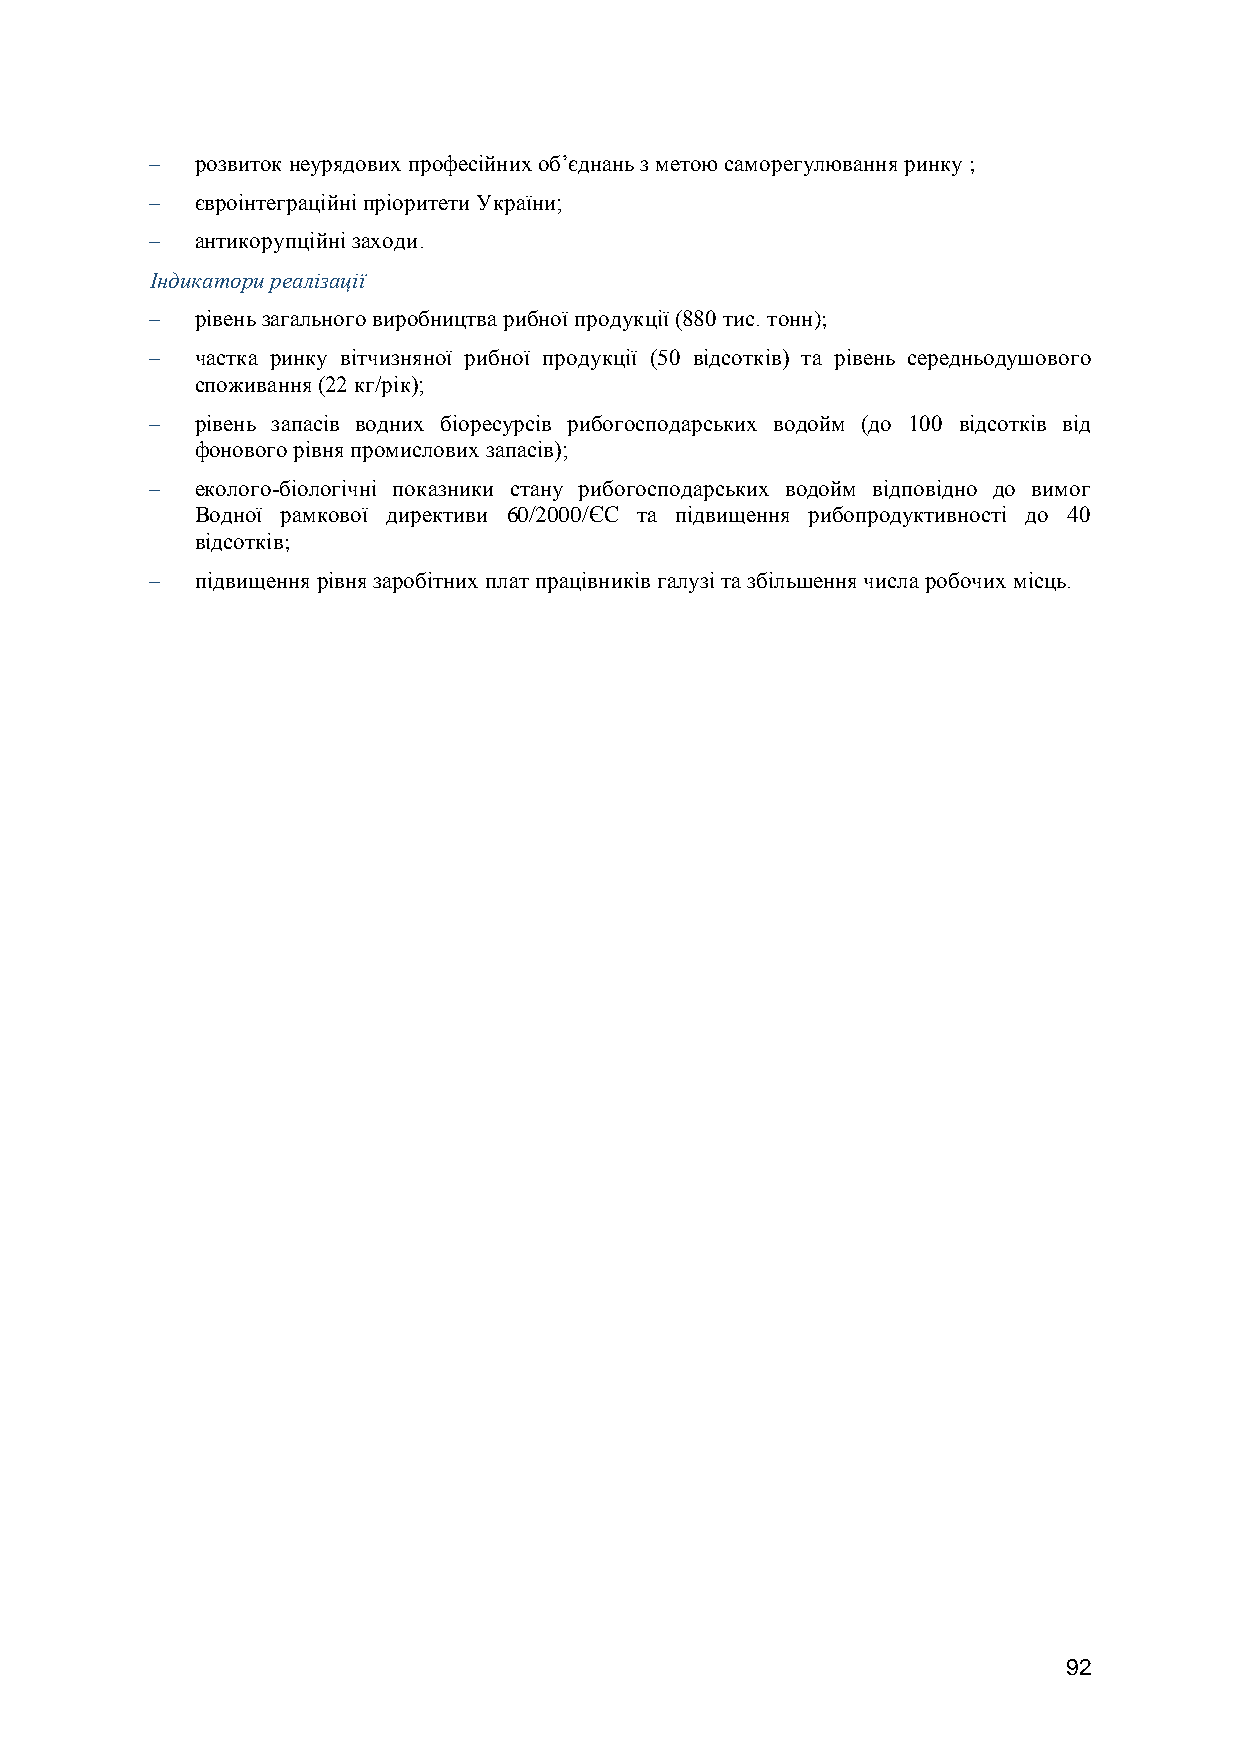
  розвиток неурядових професійних об’єднань з метою саморегулювання ринку ;
   євроінтеграційні пріоритети України;
   антикорупційні заходи.
 Індикатори реалізації
   рівень загального виробництва рибної продукції (880 тис. тонн);
   частка ринку вітчизняної рибної продукції (50 відсотків) та рівень середньодушового
 споживання (22 кг/рік);
   рівень запасів водних біоресурсів рибогосподарських водойм (до 100 відсотків від
 фонового рівня промислових запасів);
   еколого-біологічні показники стану рибогосподарських водойм відповідно до вимог
 Водної рамкової директиви 60/2000/ЄС та підвищення рибопродуктивності до 40
 відсотків;
   підвищення рівня заробітних плат працівників галузі та збільшення числа робочих місць.
 92